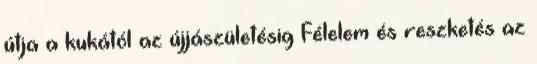
útja a kukától az újjászületésig Félelem és reszketés az